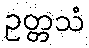
ဥတ္တသံ